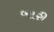
બારી